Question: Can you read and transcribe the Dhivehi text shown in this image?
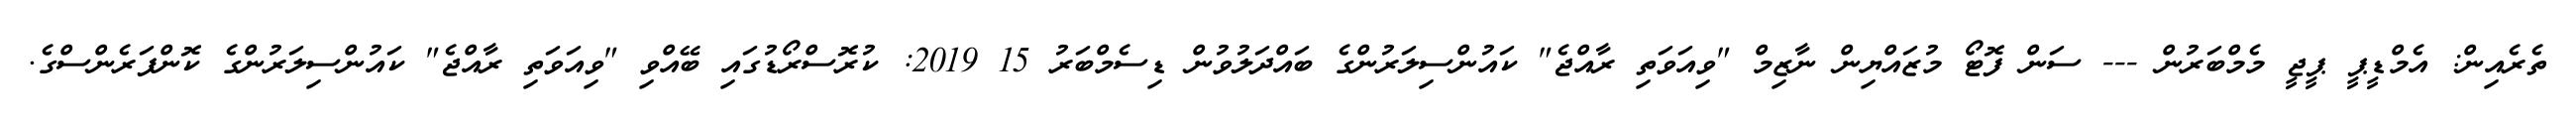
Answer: ތެރެއިން: އެމްޑީޕީ ޕީޖީ މެމްބަރުން --- ސަން ފޮޓޯ މުޒައްޔިން ނާޒިމް "ވިއަވަތި ރާއްޖެ" ކައުންސިލަރުންގެ ބައްދަލުވުން ޑިސެމްބަރު 15 2019: ކުރޮސްރޯޑުގައި ބޭއްވި "ވިއަވަތި ރާއްޖެ" ކައުންސިލަރުންގެ ކޮންފަރެންސްގެ.